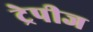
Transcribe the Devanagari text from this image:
ट्रेपीज